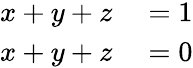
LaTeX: \begin{array}{rl}{x+y+z}&{{}=1}\\ {x+y+z}&{{}=0}\end{array}